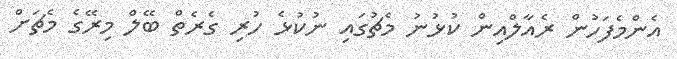
އެންމެފަހުން ރެއާލްއިން ކުޅުނު މެޗުގައި ނުކުޅެ ހުރި ގެރެތް ބޭލް މިރޭގެ މެޗަށް